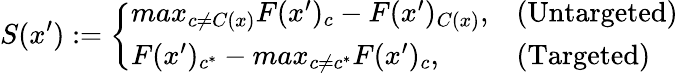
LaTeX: S(x^{\prime}):={\left\{ \begin{array}{ll}{max_{c\neq C(x)}{F(x^{\prime})_{c}}-F(x^{\prime})_{C(x)},}&{{\mathrm{(Untargeted)}}}\\ {F(x^{\prime})_{c^{*}}-max_{c\neq c^{*}}{F(x^{\prime})_{c}},}&{{\mathrm{(Targeted)}}}\end{array}\right.}